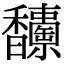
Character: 𩡥